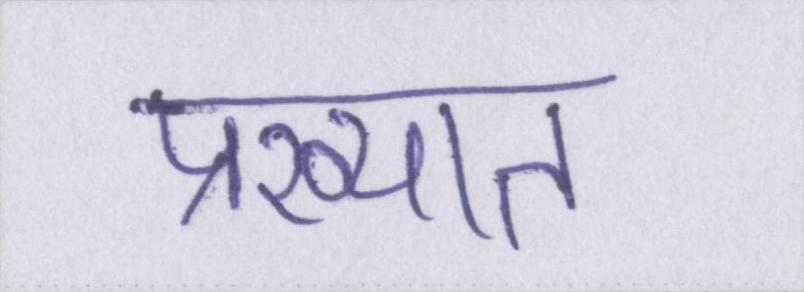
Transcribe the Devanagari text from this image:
प्रख्यात